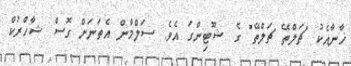
ޚާނާއެކު "ޗަލްތޭ ޗަލްތޭ" ގެ ޝޫޓިންގަ އެވެ. ސަލްމާން އެތަނަށް ގޮސް ޝާހްރުކް